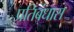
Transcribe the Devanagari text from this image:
प्रतिबंधास